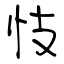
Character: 忮